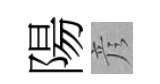
陽彦